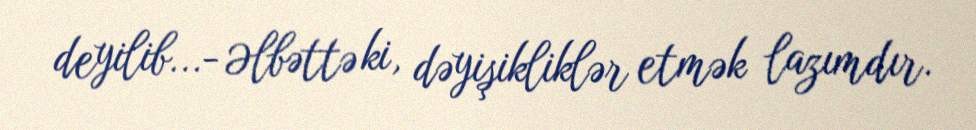
deyilib...- Əlbəttə ki, dəyişikliklər etmək lazımdır.